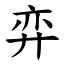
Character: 弈